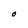
Character: O